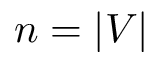
n = | V |